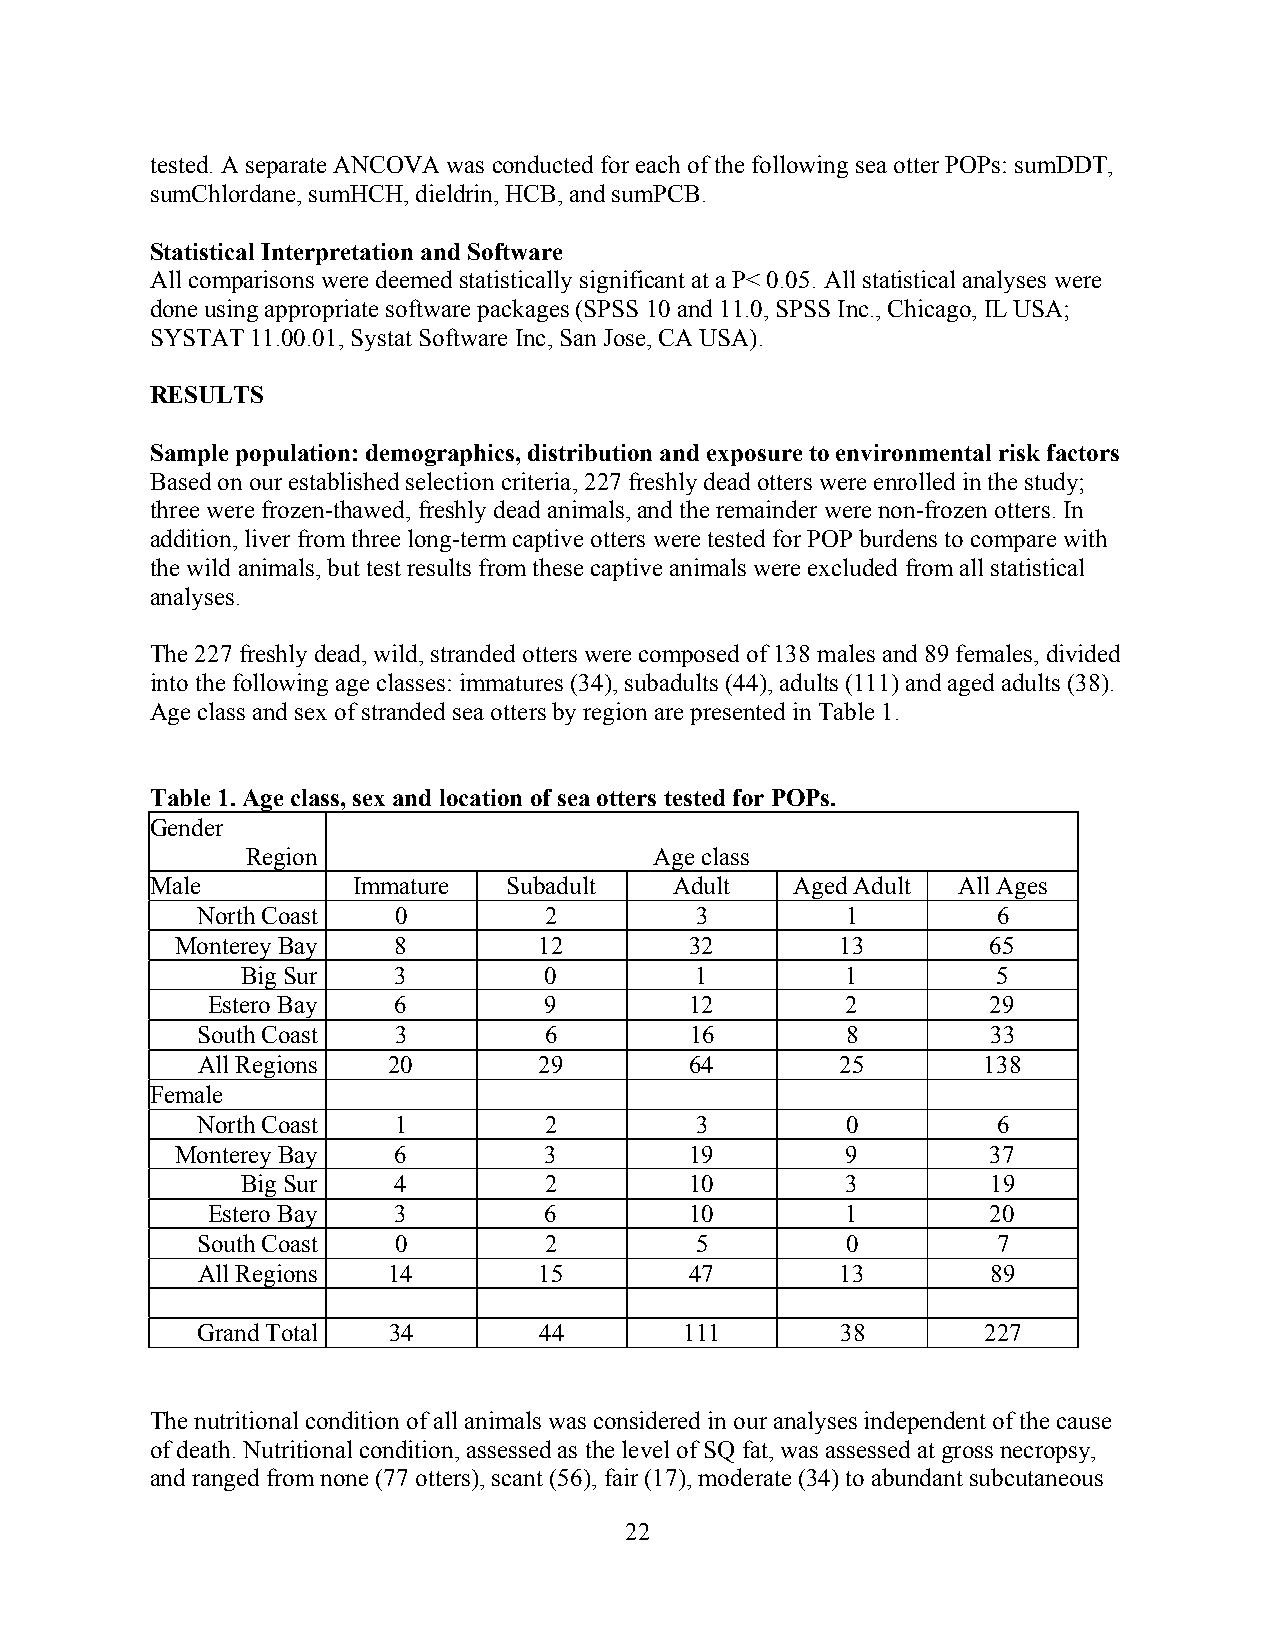
tested. A separate ANCOVA was conducted for each of the following sea otter POPs: sumDDT,
 sumChlordane, sumHCH, dieldrin, HCB, and sumPCB.
 Statistical Interpretation and Software
 All comparisons were deemed statistically significant at a P< 0.05. All statistical analyses were
 done using appropriate software packages (SPSS 10 and 11.0, SPSS Inc., Chicago, IL USA;
 SYSTAT 11.00.01, Systat Software Inc, San Jose, CA USA).
 RESULTS
 Sample population: demographics, distribution and exposure to environmental risk factors
 Based on our established selection criteria, 227 freshly dead otters were enrolled in the study;
 three were frozen-thawed, freshly dead animals, and the remainder were non-frozen otters. In
 addition, liver from three long-term captive otters were tested for POP burdens to compare with
 the wild animals, but test results from these captive animals were excluded from all statistical
 analyses.
 The 227 freshly dead, wild, stranded otters were composed of 138 males and 89 females, divided
 into the following age classes: immatures (34), subadults (44), adults (111) and aged adults (38).
 Age class and sex of stranded sea otters by region are presented in Table 1.
 Table 1. Age class, sex and location of sea otters tested for POPs.
 Gender
 Region                     Age class
 Male         Immature   Subadult   Adult   Aged Adult All Ages
 North Coast  0         2         3         1         6
 Monterey Bay  8         12        32        13        65
 Big Sur   3         0         1         1         5
 Estero Bay  6         9         12        2         29
 South Coast  3         6         16        8         33
 All Regions  20        29        64        25       138
 Female
 North Coast  1         2         3         0         6
 Monterey Bay  6         3         19        9         37
 Big Sur   4         2         10        3         19
 Estero Bay  3         6         10        1         20
 South Coast  0         2         5         0         7
 All Regions  14        15        47        13        89
 Grand Total  34        44       111        38       227
 The nutritional condition of all animals was considered in our analyses independent of the cause
 of death. Nutritional condition, assessed as the level of SQ fat, was assessed at gross necropsy,
 and ranged from none (77 otters), scant (56), fair (17), moderate (34) to abundant subcutaneous
 22